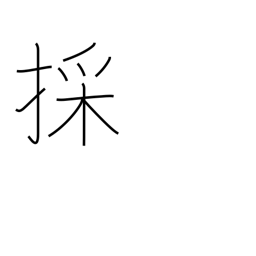
Meaning: fetch